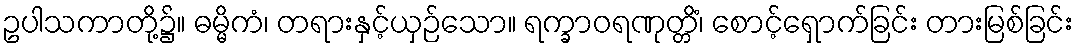
ဥပါသကာတို့၌။ ဓမ္မိကံ၊ တရားနှင့်ယှဉ်သော။ ရက္ခာဝရဏုတ္တိံ၊ စောင့်ရှောက်ခြင်း တားမြစ်ခြင်း